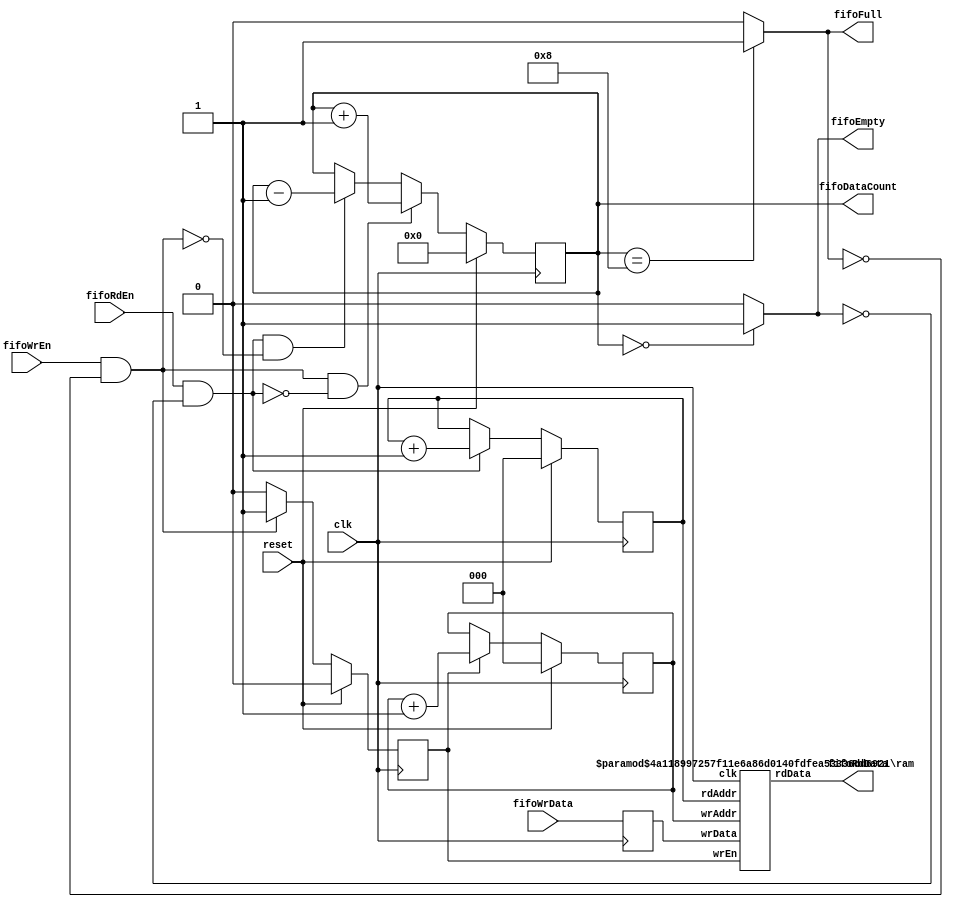
module fifo #(parameter FIFO_WIDTH=8, FIFO_DEPTH=8)(
input	clk,
input	reset,
input	fifoWrEn,
input	[FIFO_WIDTH-1:0] fifoWrData,
output	fifoFull,
input	fifoRdEn,
output  [FIFO_WIDTH-1:0] fifoRdData,
output  fifoEmpty,
output  [$clog2(FIFO_DEPTH):0] fifoDataCount
);

reg wrEnInt;
reg [FIFO_WIDTH-1:0] fifoWrDatap;
reg [$clog2(FIFO_DEPTH):0] dataCounter;
reg [$clog2(FIFO_DEPTH)-1:0] wrPointer;
reg [$clog2(FIFO_DEPTH)-1:0] rdPointer;

assign validFifoWr = fifoWrEn & !fifoFull;
assign validFifoRd = fifoRdEn & !fifoEmpty;
assign fifoDataCount = dataCounter;
assign fifoFull = (dataCounter==FIFO_DEPTH)? 1'b1 : 1'b0;
assign fifoEmpty = (dataCounter==0)? 1'b1 : 1'b0;

//pipeline for aligning with ram wr en
always @(posedge clk)
    fifoWrDatap <= fifoWrData;

//Fifo write logic
always @(posedge clk)
begin
    if(reset)
       wrEnInt <= 1'b0;
    else if(validFifoWr)
       wrEnInt <= 1'b1;
    else
       wrEnInt <= 1'b0;
end

always @(posedge clk)
begin
    if(reset)
        dataCounter <= 0;
    else if(validFifoWr & !validFifoRd)
        dataCounter <= dataCounter+1'b1;
    else if(validFifoRd & !validFifoWr)
        dataCounter <= dataCounter-1'b1;
end

always @(posedge clk)
begin
    if(reset)
        wrPointer <= 0;
    else if(wrEnInt)
	wrPointer <= wrPointer+1'b1;
end

always @(posedge clk)
begin
    if(reset)
        rdPointer <= 0;
    else if(validFifoRd)
	rdPointer <= rdPointer+1'b1;
end
 
ram #(.Width(FIFO_WIDTH),.Depth(FIFO_DEPTH))rm(
.clk(clk),
.wrEn(wrEnInt), //Should become high when you want to write to the memory
.wrAddr(wrPointer), //address for writing
.wrData(fifoWrDatap), //Data to be written
.rdAddr(rdPointer),
.rdData(fifoRdData)
);
endmodule

module ram #(parameter Width=16,Depth=1024)(
input	clk,
input   wrEn, //Should become high when you want to write to the memory
input [$clog2(Depth)-1:0]   wrAddr, //address for writing
input [Width-1:0]   wrData, //Data to be written
input [$clog2(Depth)-1:0]   rdAddr,
output reg [Width-1:0]  rdData
);
reg [Width-1:0]mem[Depth-1:0];

//Writing to memory logic

always @(posedge clk)
begin
     if(wrEn)
          mem[wrAddr] <= wrData;
end

//Read logic
always @(posedge clk)
    rdData <= mem[rdAddr];
endmodule